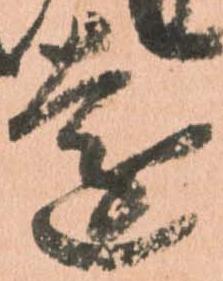
遠